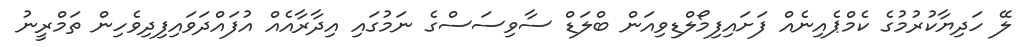
ލޭ ހަދިޔާކުރުމުގެ ކެމްޕެއިނެއް ފަށައިފިމޯލްޑިވިއަން ބްލަޑް ސާވިސަސްގެ ނަމުގައި އިދާރާއެއް އުފައްދަވައިފިދިވެހިން ތަމްރީނު